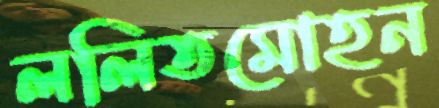
ললিতমোহন